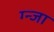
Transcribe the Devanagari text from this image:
ग्न्जा